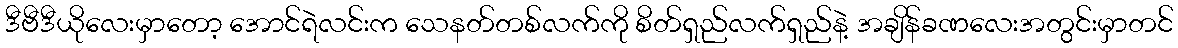
ဒီဗီဒီယိုလေးမှာတော့ အောင်ရဲလင်းက သေနတ်တစ်လက်ကို စိတ်ရှည်လက်ရှည်နဲ့ အချိန်ခဏလေးအတွင်းမှာတင်